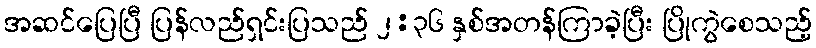
အဆင်ပြေပြီ ပြန်လည်ရှင်းပြသည် ၂:၃၆ နှစ်အတန်ကြာခဲ့ပြီး ပြိုကွဲစေသည့်